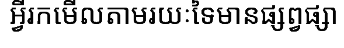
អ្វីរកមើលតាមរយៈទៃមានផ្សព្វផ្សា